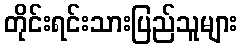
တိုင်းရင်းသားပြည်သူများ